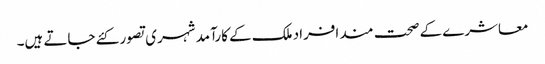
معاشرے کے صحت مند افراد ملک کے کارآمد شہری تصور کئے جاتے ہیں۔